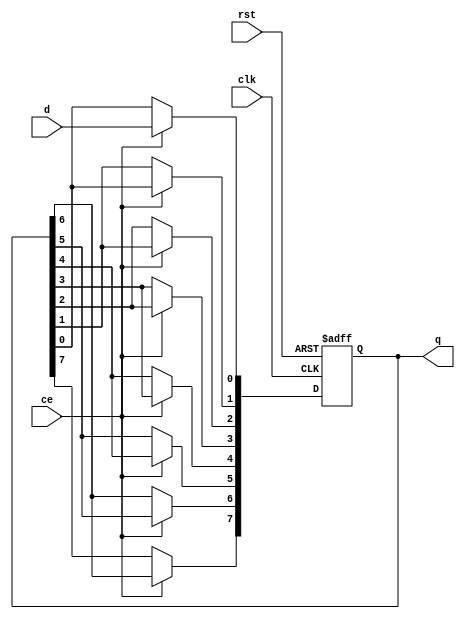
module shift_reg #(
  parameter N = 8
) (
  input wire clk,
  input wire rst,
  input wire ce,
  input wire d,
  output wire [N-1:0]q
);
  
  reg [N-1:0]q_reg;
  assign q = q_reg;
  integer i;

  always@(posedge clk or negedge rst)
    if (!rst)
      q_reg <= 0;
  else if(ce)
    begin
      q_reg[0] <= d;
      for (i = 1; i < N; i=i+1)
        q_reg[i] <= q_reg[i-1];
    end
endmodule